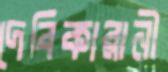
দেবিকারানী